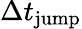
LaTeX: \Delta t_{\mathrm{jump}}